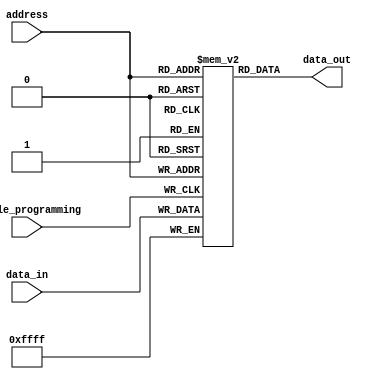
module memory_blocks_PROM (
    input wire [ADDR_WIDTH-1:0] address,
    input wire [DATA_WIDTH-1:0] data_in,
    input wire enable_programming,
    output reg [DATA_WIDTH-1:0] data_out
);

parameter ADDR_WIDTH = 8;
parameter DATA_WIDTH = 16;

reg [DATA_WIDTH-1:0] memory [2**ADDR_WIDTH-1:0];

always @ (posedge enable_programming)
begin
    memory[address] <= data_in;
end

assign data_out = memory[address];

endmodule